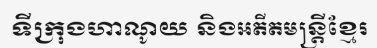
ទីក្រុងហាណូយ និងអតីតមន្ត្រីខ្មែរ